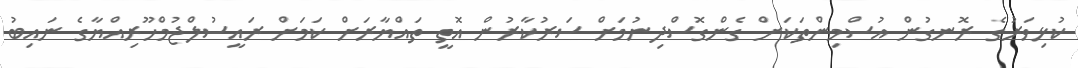
ކުޅިވަރުގެ ރޮނގުން އުސްމިންތަކަށް ގެންގޮސްދިނުމަށް ސަރުކާރުން އޮތީ ތައްޔާރަށް ކަމަށް ރައީސުލްޖުމްހޫރިއްޔާގެ ނައިބު